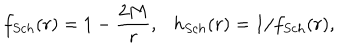
f _ { S c h } ( r ) = 1 - \frac { 2 M } { r } , \ \ \ h _ { S c h } ( r ) = 1 / f _ { S c h } ( r ) ,